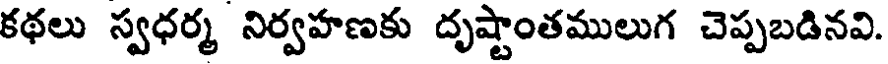
కథలు స్వధర్మ నిర్వహణకు దృష్టాంతములుగ చెప్పబడినవి.